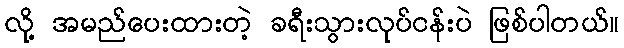
လို့ အမည်ပေးထားတဲ့ ခရီးသွားလုပ်ငန်းပဲ ဖြစ်ပါတယ်။